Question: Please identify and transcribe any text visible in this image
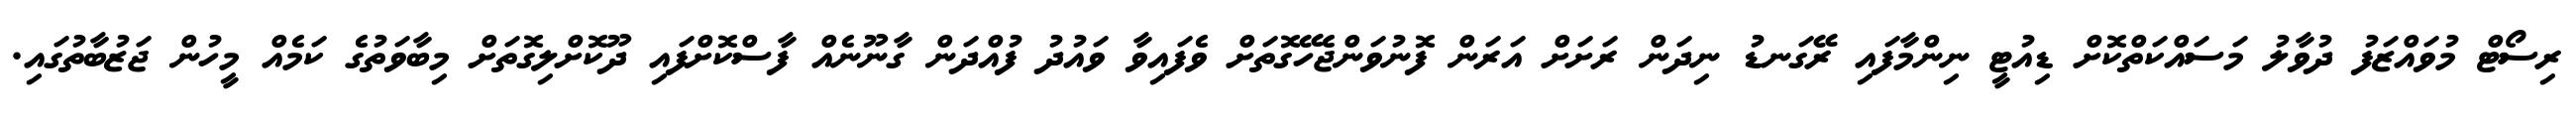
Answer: ރިސޯޓް މުވައްޒަފު ދުވާލު މަސައްކަތްކޮށް ޑިއުޓީ ނިންމާފައި ރޭގަނޑު ނިދަން ރަށަށް އަރަން ފޮނުވަންޖެހޭގޮތަށް ވެފައިވާ ވައުދު ފުއްދަން ގާނޫނެއް ފާސްކޮށްފައި ދޫކޮށްލިގޮތަށް މިބާވަތުގެ ކަމެއް މީހުން ޖަޒުބާތުގައި.